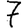
Digit: 7